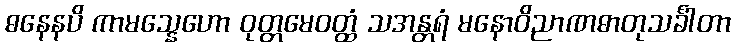
ဓနေနပိ ကာမသ္နေဟော ဝုတ္တမေဝတ္ထံ သအန္တရံ မနောဝိညာဏဓာတုသင်္ခါတာ